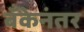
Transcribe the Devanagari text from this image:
बँकेनंतर